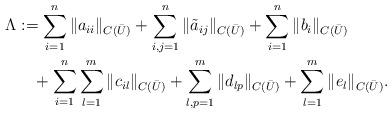
LaTeX: \begin{align*}\begin{aligned}\Lambda&:=\sum_{i=1}^n\|a_{ii}\|_{C(\bar U)} + \sum_{i,j=1}^n\|\tilde a_{ij}\|_{C(\bar U)}+\sum_{i=1}^n\|b_i\|_{C(\bar U)}\\&\quad+ \sum_{i=1}^n\sum_{l=1}^m\|c_{il}\|_{C(\bar U)} +\sum_{l,p=1}^m\|d_{lp}\|_{C(\bar U)} +\sum_{l=1}^m\|e_l\|_{C(\bar U)}. \end{aligned}\end{align*}